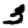
Digit: 3